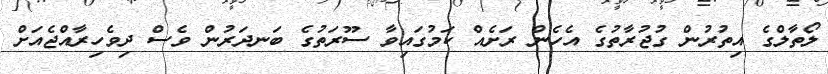
ލޯތާލްގެ އިތުރުން ގުޖުރާތުގެ އެހެން ރަށެއް ކަމުގައިވާ ސޫރަތުގެ ބަނދަރުން ވެސް ދިވެހިރާއްޖެއަށް